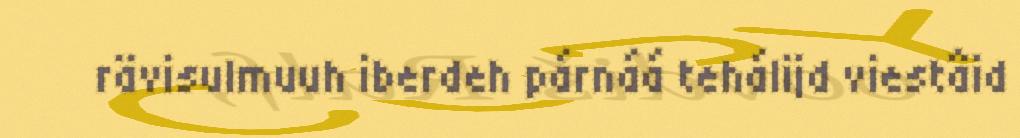
rävisulmuuh iberdeh párnáá tehálijd viestâid